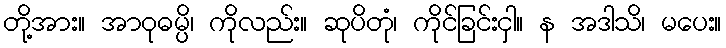
တို့အား။ အာဝုဓမ္ပိ၊ ကိုလည်း။ ဆုပိတုံ၊ ကိုင်ခြင်းငှါ။ န အဒါသိ၊ မပေး။